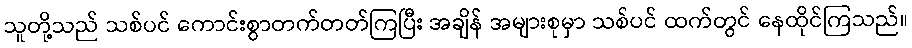
သူတို့သည် သစ်ပင် ကောင်းစွာတက်တတ်ကြပြီး အချိန် အများစုမှာ သစ်ပင် ထက်တွင် နေထိုင်ကြသည်။